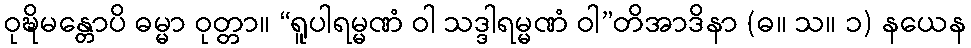
ဝုဍ္ဎိမန္တောပိ ဓမ္မာ ဝုတ္တာ။ “ရူပါရမ္မဏံ ဝါ သဒ္ဒါရမ္မဏံ ဝါ”တိအာဒိနာ (ဓ။ သ။ ၁) နယေန